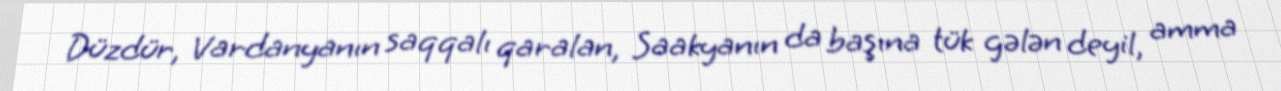
Düzdür, Vardanyanın saqqalı qaralan, Saakyanın da başına tük gələn deyil, amma